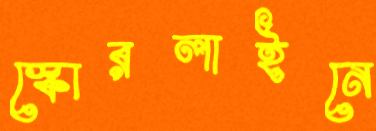
স্কোরলাইনে